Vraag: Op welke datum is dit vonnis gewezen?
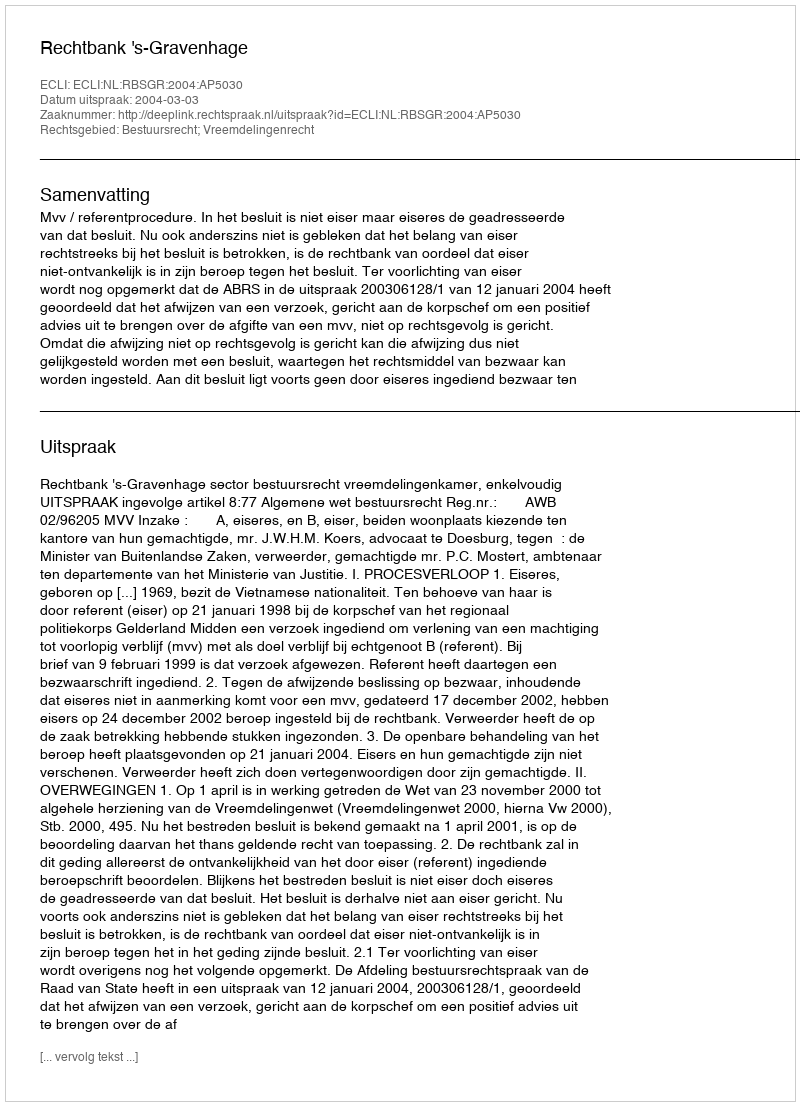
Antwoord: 2004-03-03